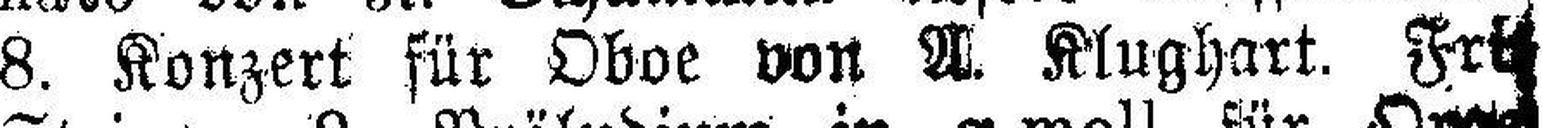
8. Konzert für Oboe von A. Klughart. Fritz